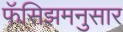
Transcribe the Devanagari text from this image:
फॅसिझमनुसार